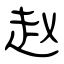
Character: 赵